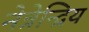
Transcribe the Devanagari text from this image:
नेत्रेन्द्रिय